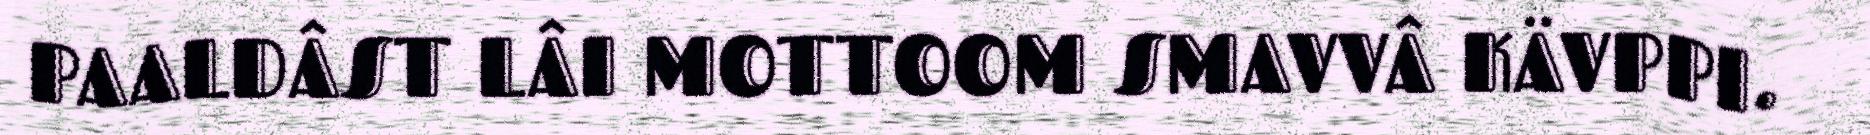
PAALDÂST LÂI MOTTOOM SMAVVÂ KÄVPPI.